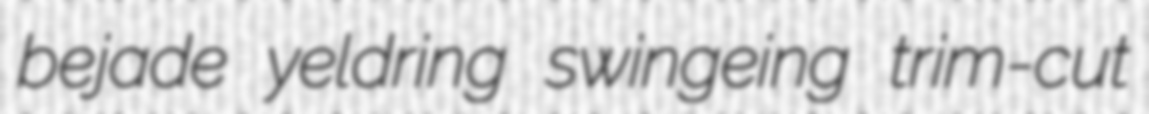
bejade yeldring swingeing trim-cut